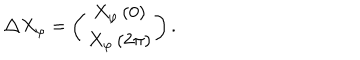
\triangle X _ { \varphi } = \left( \begin{array} { c } { { X _ { \varphi } \left( 0 \right) } } \\ { { X _ { \varphi } \left( 2 \pi \right) } } \\ \end{array} \right) .